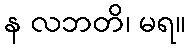
န လဘတိ၊ မရ။